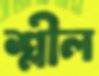
শ্লীল